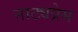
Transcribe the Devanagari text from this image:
नाट्यप्रेम